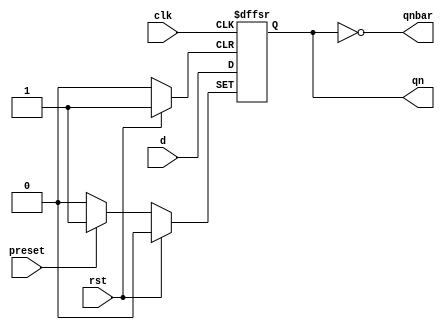

module d_ff(input d,preset,clk,rst, output reg qn,output qnbar);

 always@(posedge clk or posedge rst or posedge preset)begin
   if(preset)
     qn = 1;
   else if(rst)
     qn = 0;
   else 
     qn <= d;
   
 end 
 
 assign qnbar = ~qn;
   
endmodule